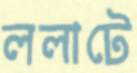
ললাটে